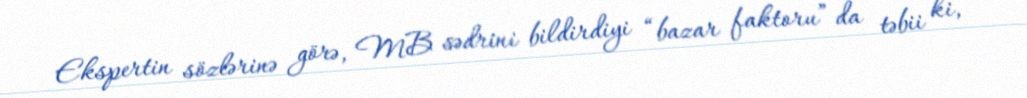
Ekspertin sözlərinə görə, MB sədrini bildirdiyi “bazar faktoru” da təbii ki,